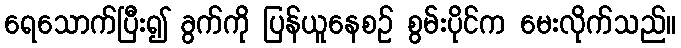
ရေသောက်ပြီး၍ ခွက်ကို ပြန်ယူနေစဉ် စွမ်းပိုင်က မေးလိုက်သည်။